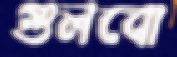
গুলবো